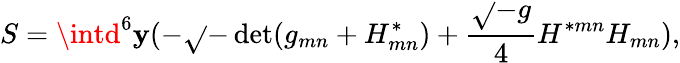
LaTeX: S=\intd^{6}\mathbf{y}(-\sqrt{}{{-\operatorname*{det}(g_{mn}+{H}_{mn}^{*})}}+{\frac{{\sqrt{}{{-g}}}}{{4}}}H^{*mn}H_{mn}),